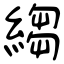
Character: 縐